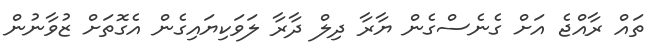
ތައް ރާއްޖެ އަށް ގެނެސްގެން ޔާރާ ދިލް ދާރާ ލަވަކިޔައިގެން އެގޮތަށް ޒުވާނުން